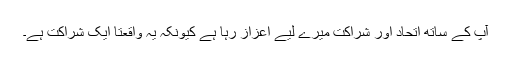
آپ کے ساتھ اتحاد اور شراکت میرے لیے اعزاز رہا ہے کیونکہ یہ واقعتاً ایک شراکت ہے۔